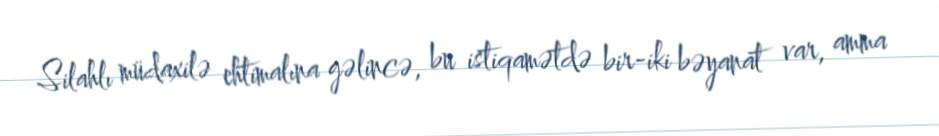
Silahlı müdaxilə ehtimalına gəlincə, bu istiqamətdə bir-iki bəyanat var, amma